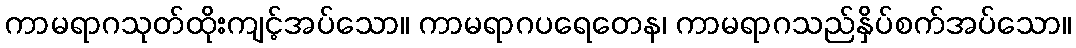
ကာမရာဂသုတ်ထိုးကျင့်အပ်သော။ ကာမရာဂပရေတေန၊ ကာမရာဂသည်နှိပ်စက်အပ်သော။